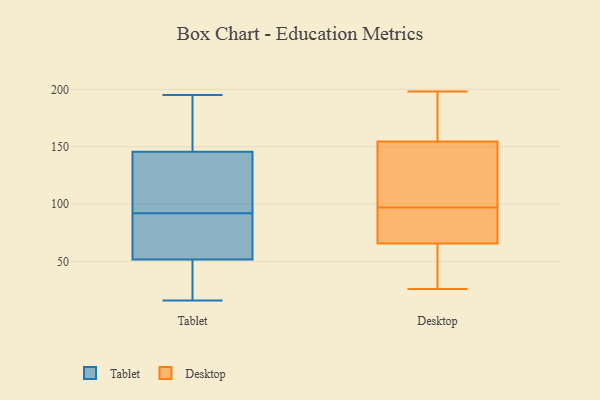
{"axis": {"x": "Satisfaction Score", "y": "Value"}, "legend": ["Desktop", "Tablet"], "data": [{"x": "", "y": 195, "type": "Tablet"}, {"x": "", "y": 145, "type": "Tablet"}, {"x": "", "y": 39, "type": "Tablet"}, {"x": "", "y": 90, "type": "Tablet"}, {"x": "", "y": 128, "type": "Tablet"}, {"x": "", "y": 147, "type": "Tablet"}, {"x": "", "y": 28, "type": "Tablet"}, {"x": "", "y": 94, "type": "Tablet"}, {"x": "", "y": 136, "type": "Tablet"}, {"x": "", "y": 55, "type": "Tablet"}, {"x": "", "y": 193, "type": "Tablet"}, {"x": "", "y": 161, "type": "Tablet"}, {"x": "", "y": 45, "type": "Tablet"}, {"x": "", "y": 54, "type": "Tablet"}, {"x": "", "y": 92, "type": "Tablet"}, {"x": "", "y": 78, "type": "Tablet"}, {"x": "", "y": 16, "type": "Tablet"}, {"x": "", "y": 29, "type": "Desktop"}, {"x": "", "y": 26, "type": "Desktop"}, {"x": "", "y": 174, "type": "Desktop"}, {"x": "", "y": 130, "type": "Desktop"}, {"x": "", "y": 177, "type": "Desktop"}, {"x": "", "y": 73, "type": "Desktop"}, {"x": "", "y": 97, "type": "Desktop"}, {"x": "", "y": 198, "type": "Desktop"}, {"x": "", "y": 135, "type": "Desktop"}, {"x": "", "y": 97, "type": "Desktop"}, {"x": "", "y": 69, "type": "Desktop"}, {"x": "", "y": 62, "type": "Desktop"}]}